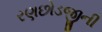
રણછોડજીની